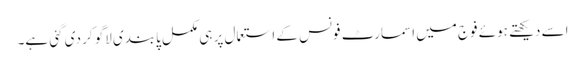
اسے دیکھتے ہوئے فوج میں اسمارٹ فونس کے استعمال پر ہی مکمل پابندی لاگو کر دی گئی ہے۔